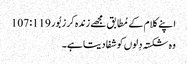
اپنے کلام کے مُطابق مجھے زندہ کر زبُور 119: 107
وہ شکستہ دِلوں کو شفا دیتا ہے۔